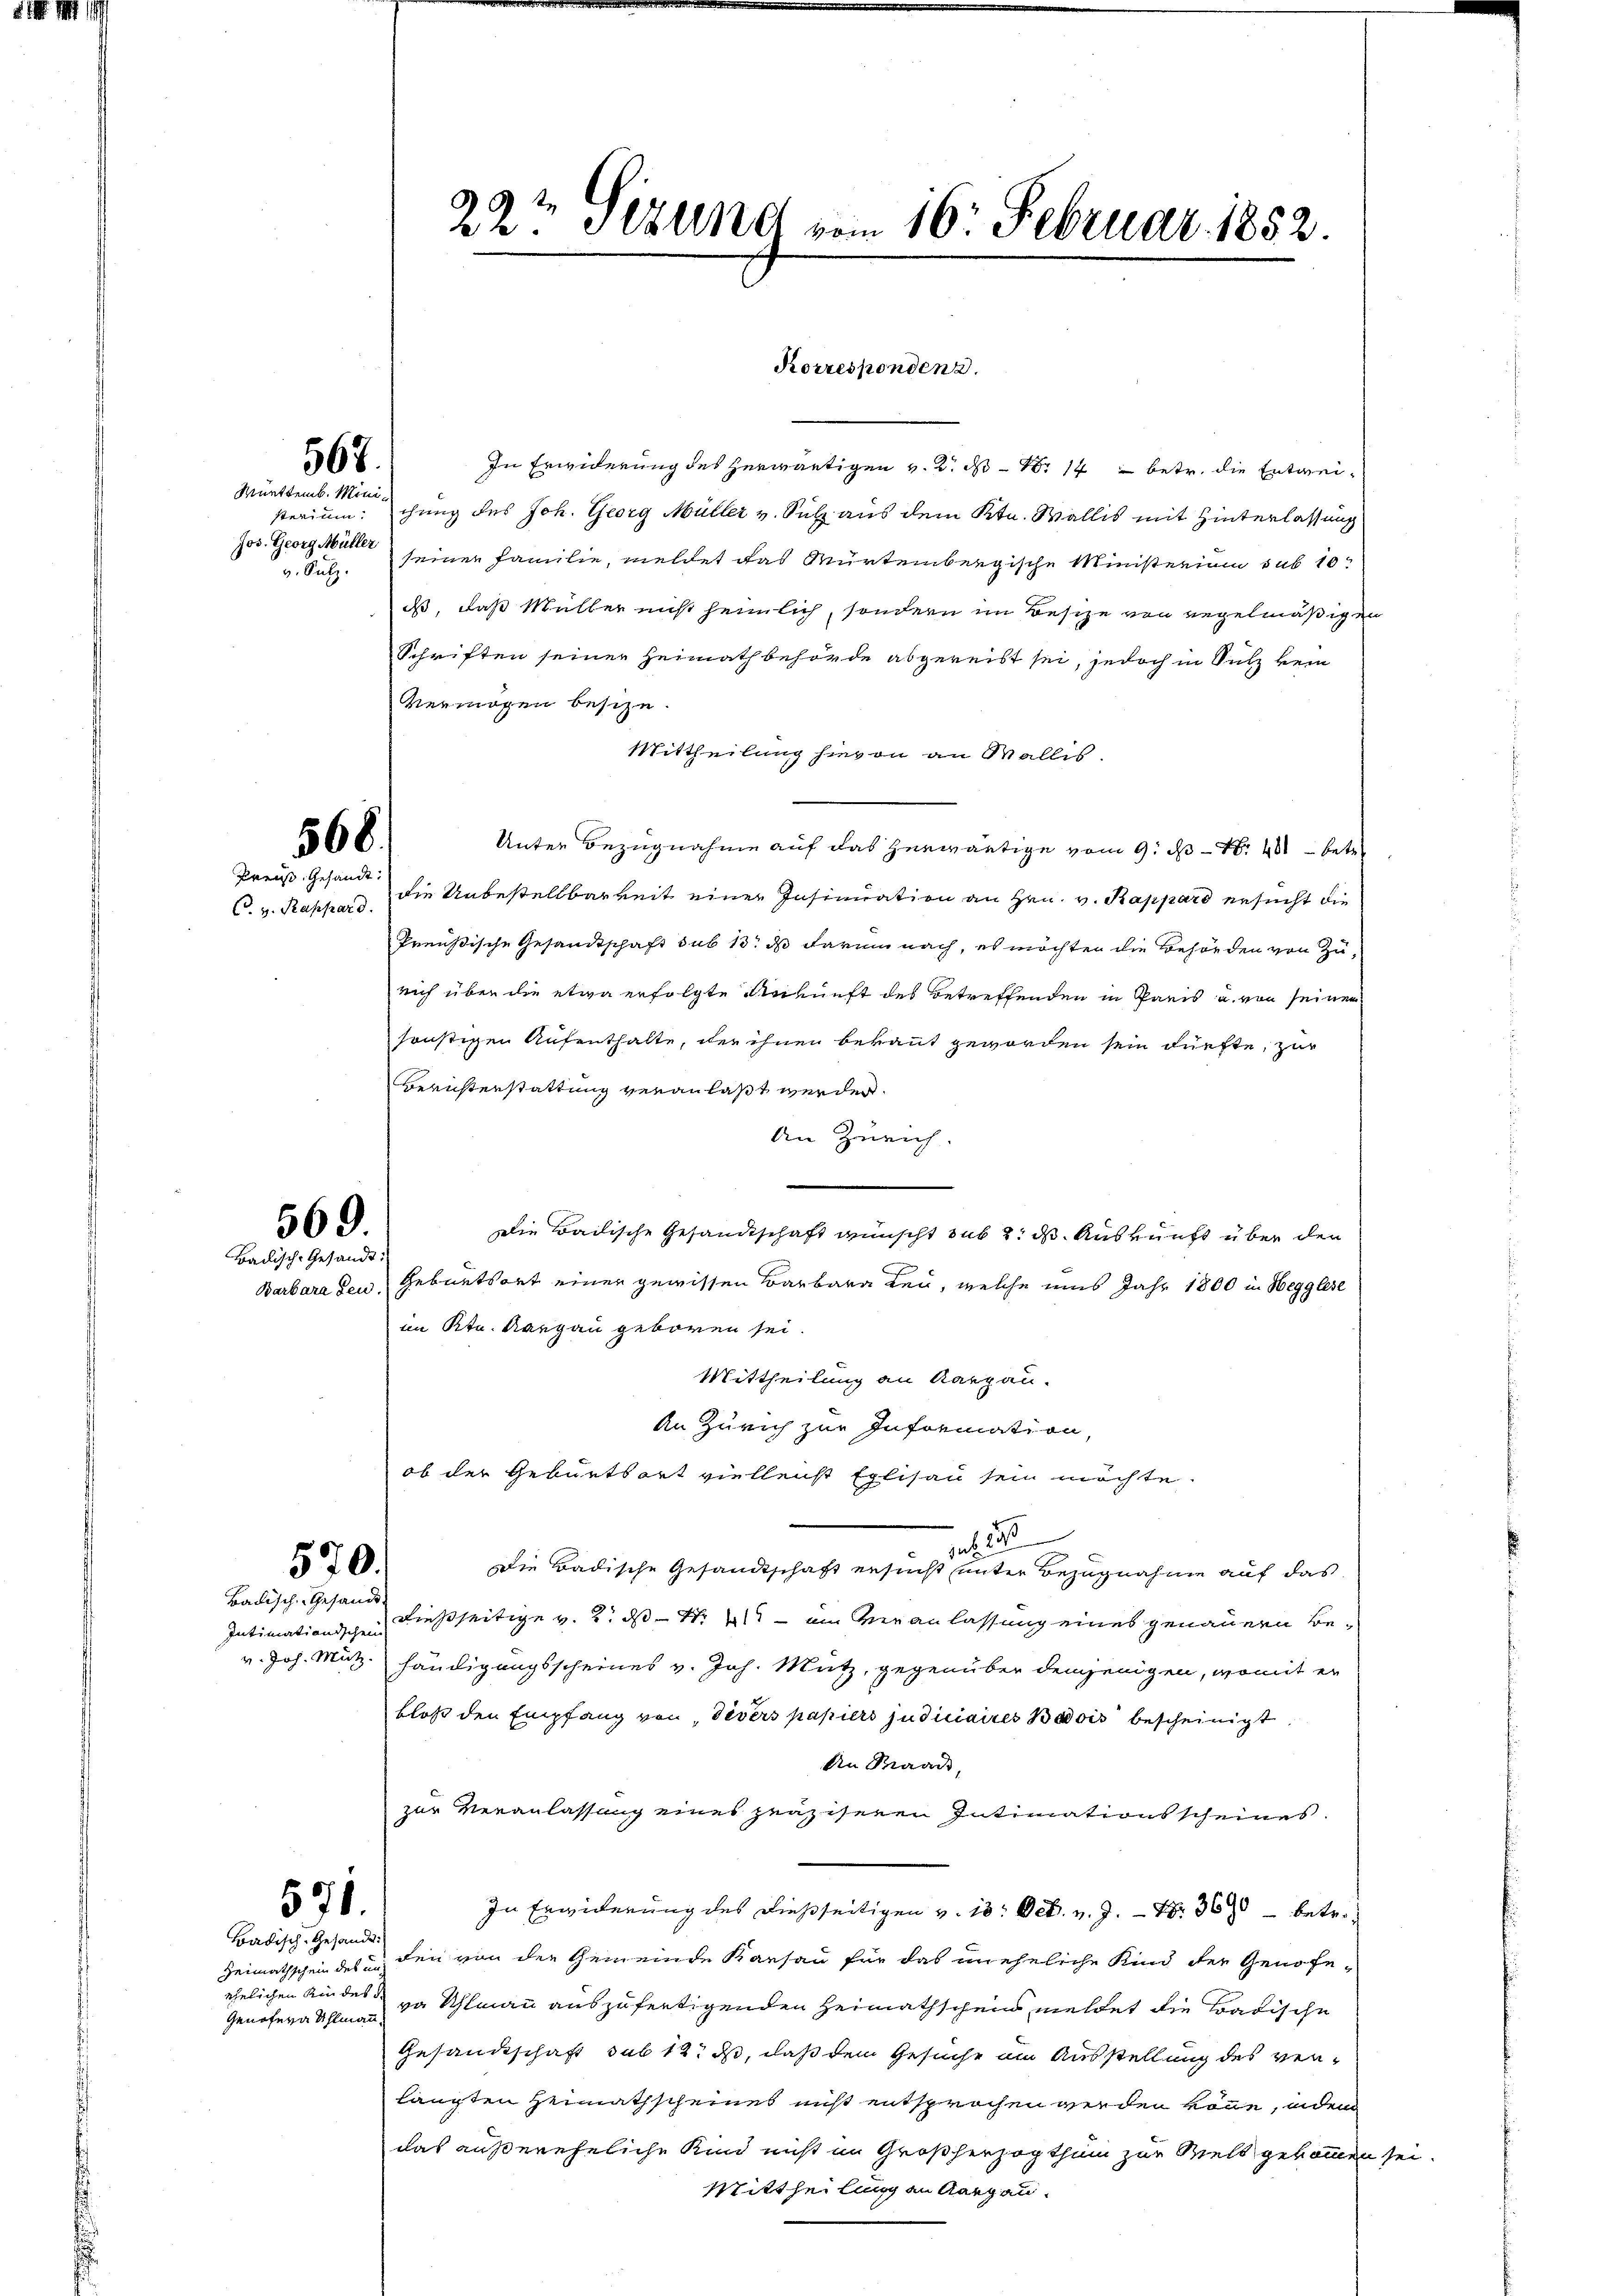
§. 1. M. 1

v. Sulz

567.
Mürttemb. Mini¬

568.
Preuß. Gesandt.

569.
Badisch-Gesandt:

570.
Badisch-Gesandt

Intimationischen

571.
Badisch-Gesandt.

In Erwiderung des herwärtigen v. 2. d. 114 betr. die Entweisterium: chung des Joh. Georg Müller v. Sulz aus dem Ktn. Wallis mit Hinterlassung
Jos. Georg Mutter seiner Familie, meldet das Würtembergische Ministerium sub 10
dss, daß Müller nicht heimlich, sondern im Besitze von regelmäßigen
Schriften seiner Heimathbehörde abgereist sei, jedoch in Sutz kein
vermögen besize.
Mittheilung hievon an Wallis.
Unter Bezugnahme auf das herwärtige vom 9. d. Nr. 401 betre
C. v. Rappard, die Unbestellbarkeit einer Insinuation an Hrn. v. Rappard ersucht die
Preußische Gesandtschaft sub 13. ds darum nach, es möchten die Behörden von Zurich über die etwa erfolgte Ankunft des Betreffenden in Paris u. von seinen
sonstigen Aufenthalte, der ihnen bekannt geworden sein dürfte, zur
Bernsterstattung veranlaßt werden.
An Zürich.
Die Bailische Gesandtschaft wünscht sub 2. d. Auskunft über den
Barbara den Geburtsort einer gewissen Barbara ten, welche uns Jahr 1800 in Hegglese
im Ktn. Aargau geboren sei.
Mittheilung an Karpau.
An Zürich zur Information,
ob der Geburtsort vielleicht Eglisau sein möchte.
e. 2
.
Die Badische Gesandtschaft ersucht unter Bezugnahme auf das
dießseitige v. 2. ds. S. t — im Veranlassung eines genauern Bev. Joh. Mutz händigungsscheines v. Joh. Mutz, gegenüber demjenigen, womit er
bloß den Empfang von devers papiers judiciaires Basis bescheinigt
An Paad,
zur Veranlassung eines präziseren Intimationsscheines
In Erwiderung des dießseitigen v. 18. Oct. v. J. Nr. 360 betr.
Heimathschein des und den von der Gemeinde Kausau für das uneheliche Kind der Genoseva Uhlmann auszufertigenden Heimathschein meldet die Badische
Gesandschaft sub 12 ds, daß dem Gesuche am Ausstellung des verlangten Heimathscheines nicht entsprochen werden könne, indem
das außereheliche Kind nicht im Großherzogthum zur Wels gekommen se
Mittheilung an Aargau.

Felsen eine
Genöfeva Uhlmann.

22. Stund vom 16. Februar 1852.

Korrespondenz.

a